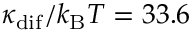
\kappa _ { \mathrm { d i f } } / k _ { \mathrm { B } } T = 3 3 . 6